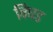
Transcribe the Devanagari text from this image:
बिघड